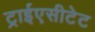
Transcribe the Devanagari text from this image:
ट्राईएसीटेट